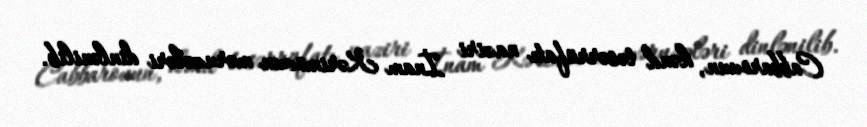
Cabbarovun, kənd təsərrüfatı naziri İnam Kərimovun məruzələri dinlənilib.